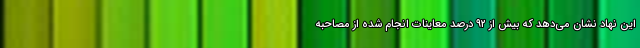
این نهاد نشان می‌دهد که بیش از ۹۲ درصد معاینات انجام شده از مصاحبه